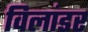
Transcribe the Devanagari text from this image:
विलांडर